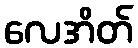
လေအိတ်